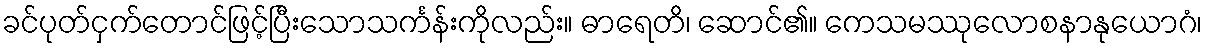
ခင်ပုတ်ငှက်တောင်ဖြင့်ပြီးသောသင်္ကန်းကိုလည်း။ ဓာရေတိ၊ ဆောင်၏။ ကေသမဿုလောစနာနုယောဂံ၊